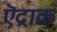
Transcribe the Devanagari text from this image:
ऎद्राक